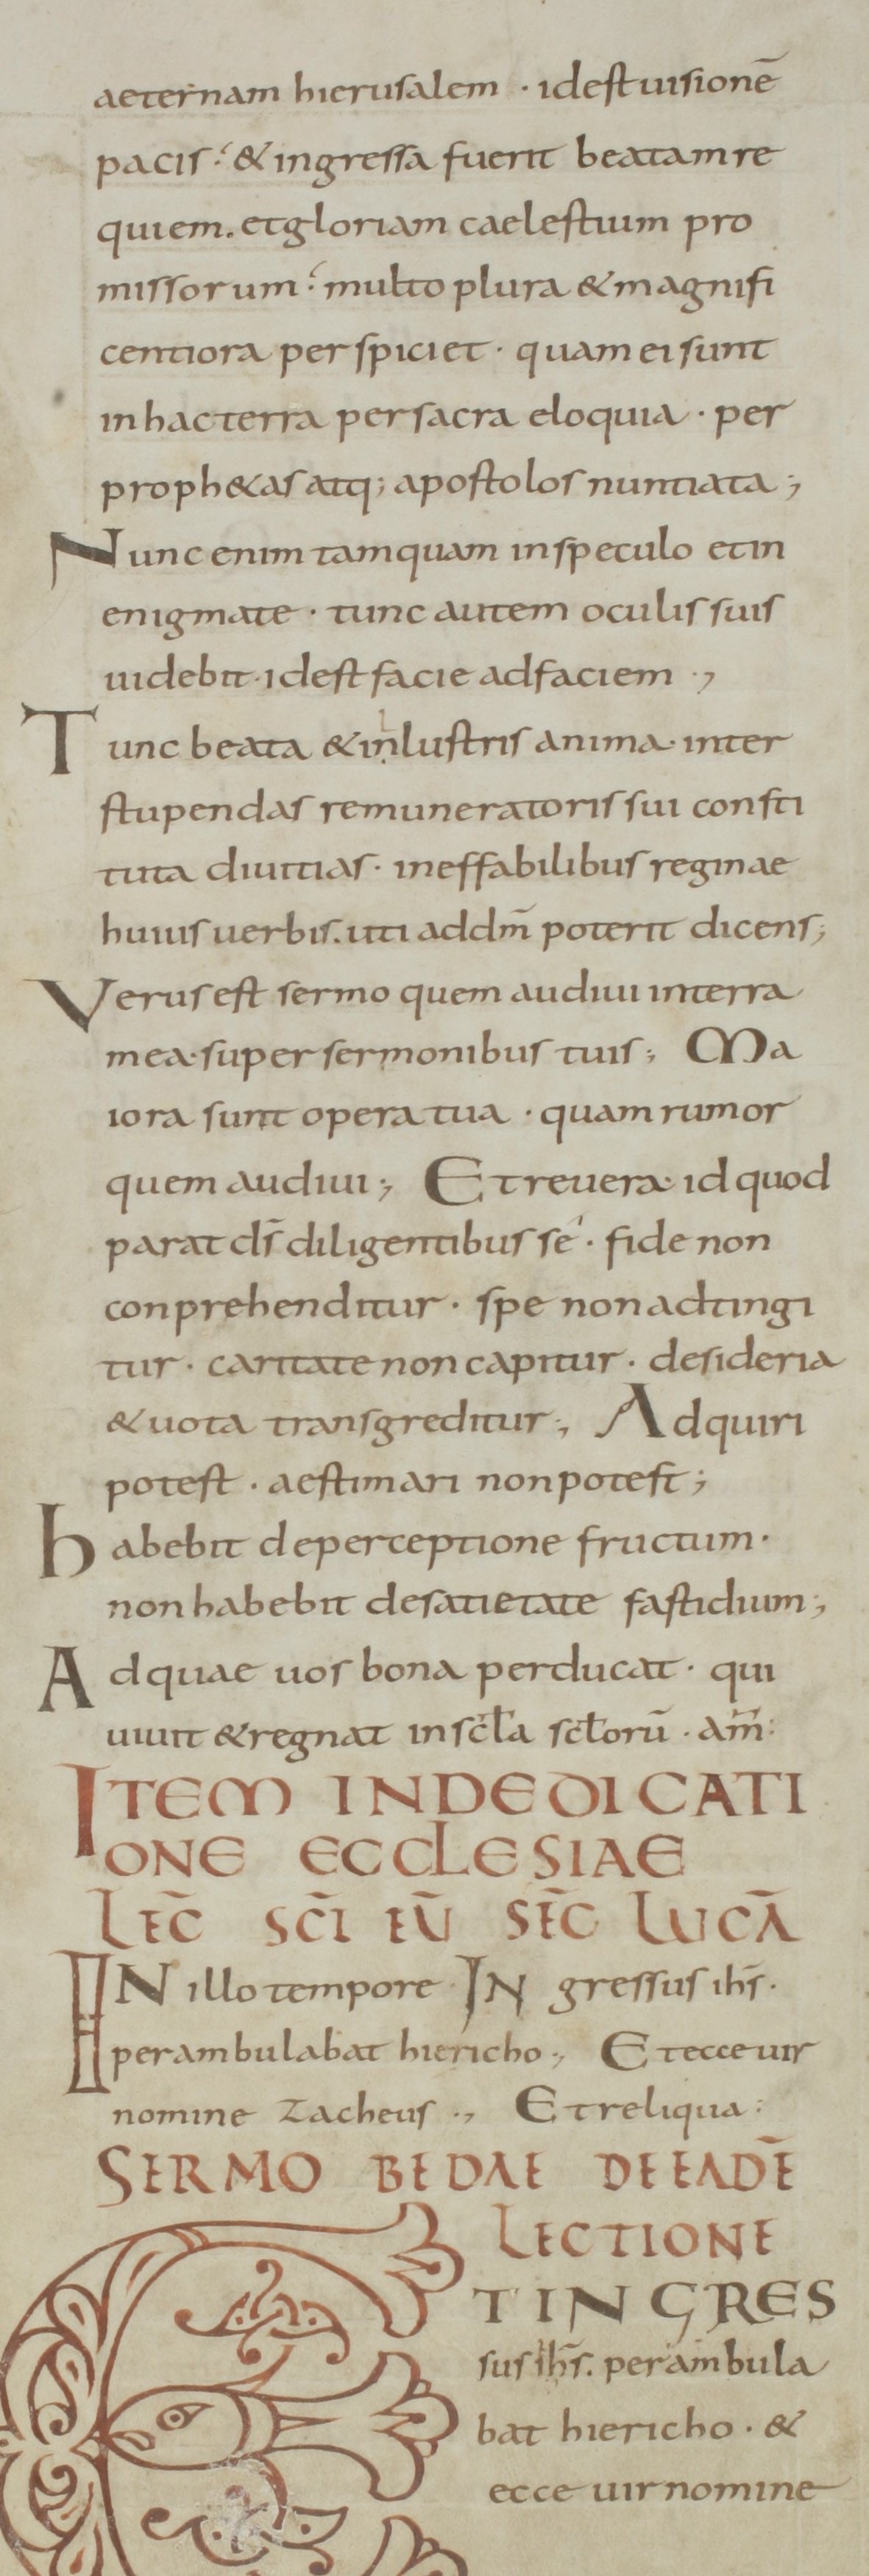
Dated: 800–899